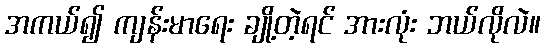
အကယ်၍ ကျန်းမာရေး ချို့တဲ့ရင် အားလုံး ဘယ်လိုလဲ။